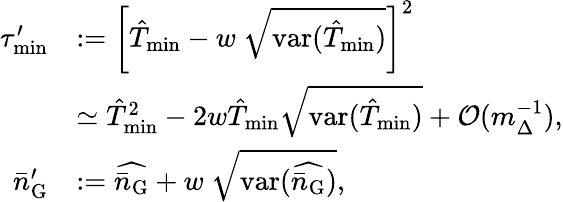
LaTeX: \begin{array}{rl}{\tau_{\mathrm{min}}^{\prime}}&{:=\left[\hat{T}_{\mathrm{min}}-w~\sqrt{\mathrm{var}(\hat{T}_{\mathrm{min}})}\right]^{2}}\\ &{\simeq\hat{T}_{\mathrm{min}}^{2}-2w\hat{T}_{\mathrm{min}}\sqrt{\mathrm{var}(\hat{T}_{\mathrm{min}})}+\mathcal{O}(m_{\Delta}^{-1}),}\\ {\bar{n}_{\mathrm{G}}^{\prime}}&{:=\widehat{\bar{n}_{\mathrm{G}}}+w~\sqrt{\mathrm{var}(\widehat{\bar{n}_{\mathrm{G}}})},}\end{array}